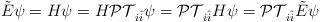
LaTeX: \begin{align*}\tilde{E}\psi=H\psi=H\mathcal{PT}_{i\hat{i}}\psi=\mathcal{PT}_{i\hat{i}}H\psi=\mathcal{PT}_{i\hat{i}}\tilde{E}\psi\end{align*}